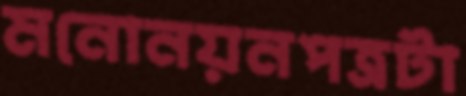
মনোনয়নপত্রটা